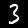
Digit: 3